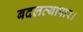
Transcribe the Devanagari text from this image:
बदलव्यापार।